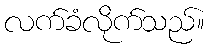
လက်ခံလိုက်သည်။